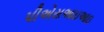
પીએસઆઇઆઇ